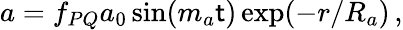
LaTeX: a=f_{PQ}a_{0}\sin(m_{a}\mathsf{t})\exp(-r/R_{a})\, ,